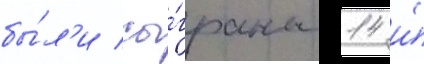
бы́л'и сы́граны 14 и́